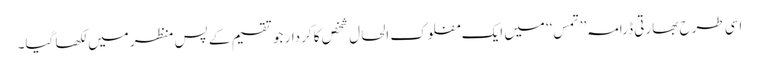
اسی طرح بھارتی ڈرامہ’’ تمس‘‘ میں ایک مفلوک الحال شخص کا کردار جو تقسیم کے پس منظر میں لکھا گیا۔